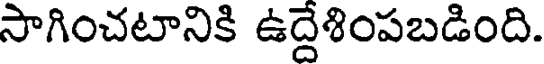
సాగించటానికి ఉద్దేశింపబడింది.